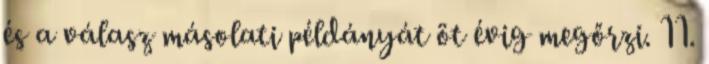
és a válasz másolati példányát öt évig megőrzi. 11.